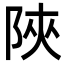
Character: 陜